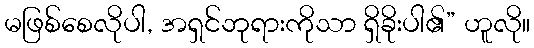
မဖြစ်စေလိုပါ, အရှင်ဘုရားကိုသာ ရှိခိုးပါ၏” ဟူလို။